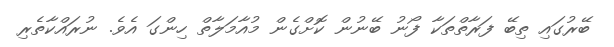
ބޭރުގައި ތިބޭ ފަރާތްތަކާ ފޯނު ބޭނުން ކޮށްގެން މުއާމަލާތް ހިންގަ އެވެ. ނުރައްކާތެރި